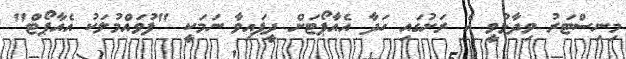
މިނިސްޓަރު ވިދާޅުވީ އެ ރަށުގައި ހަދާ އެއާޕޯޓަށް ދީފައިވާ ނަމަކީ "ފުވައްމުލަކު އެއާޕޯޓް"